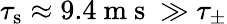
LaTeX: \tau_{\mathrm{s}}\approx 9.4\mathrm{~m~s~}\gg\tau_{\pm}